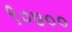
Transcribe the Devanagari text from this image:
९०७००